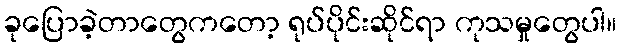
ခုပြောခဲ့တာတွေကတော့ ရုပ်ပိုင်းဆိုင်ရာ ကုသမှုတွေပါ။